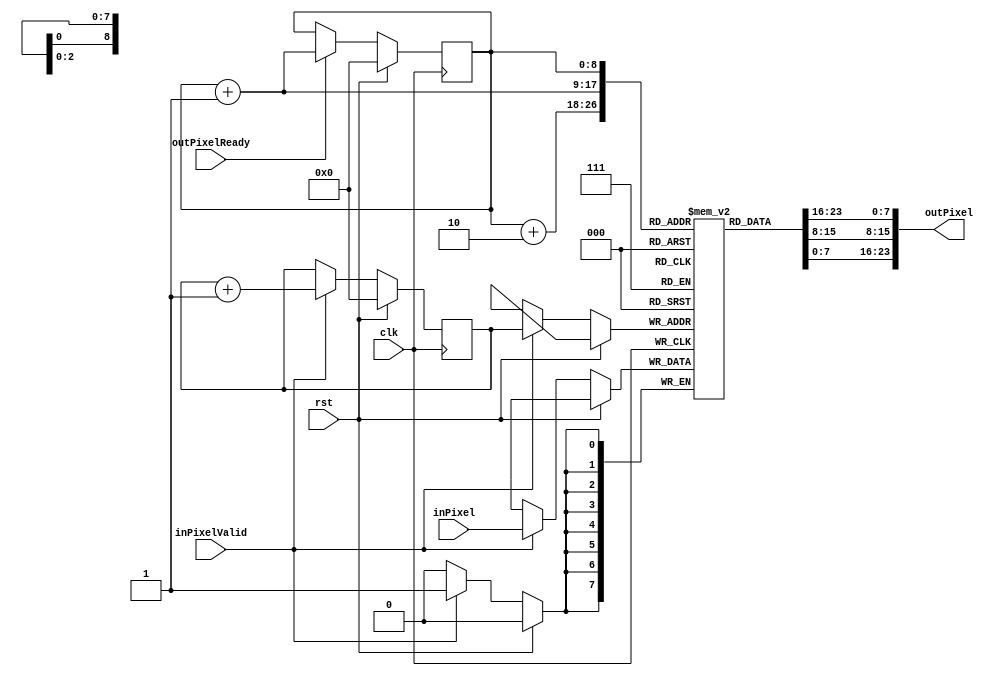
`timescale 1ns / 1ps

module lineBuffer #(
    parameter DATA_WIDTH = 8,
    parameter IMG_WIDTH = 512
)(
    input clk,
    input rst,
    input [DATA_WIDTH-1:0]inPixel,
    input inPixelValid,
    input outPixelReady, //When high, send data stored in buffer
    output [3*DATA_WIDTH-1:0]outPixel
);

reg [DATA_WIDTH-1:0]buffer[IMG_WIDTH-1:0];
reg [$clog2(IMG_WIDTH)-1:0]wtptr;
reg [$clog2(IMG_WIDTH)-1:0]rdptr;
reg [3*DATA_WIDTH-1:0]outPixelReg;

//Write Logic
always@(posedge clk)
begin
    if(rst)begin
        wtptr <= 1'b0;
    end else if(inPixelValid)begin
        buffer[wtptr] <= inPixel;
        wtptr <= wtptr + 1'b1;
    end
end

//Read Logic
always@(posedge clk)
begin
    if(rst)begin
        rdptr <= 1'b0;
//        outPixelReg <= 'h0;
    end else if(outPixelReady)begin
//        outPixelReg <= {buffer[rdptr], buffer[rdptr+1], buffer[rdptr+2]};
        rdptr <= rdptr + 1'b1;
    end
end

//assign outPixel = outPixelReg; 
assign outPixel = {buffer[rdptr], buffer[rdptr+1], buffer[rdptr+2]};
endmodule